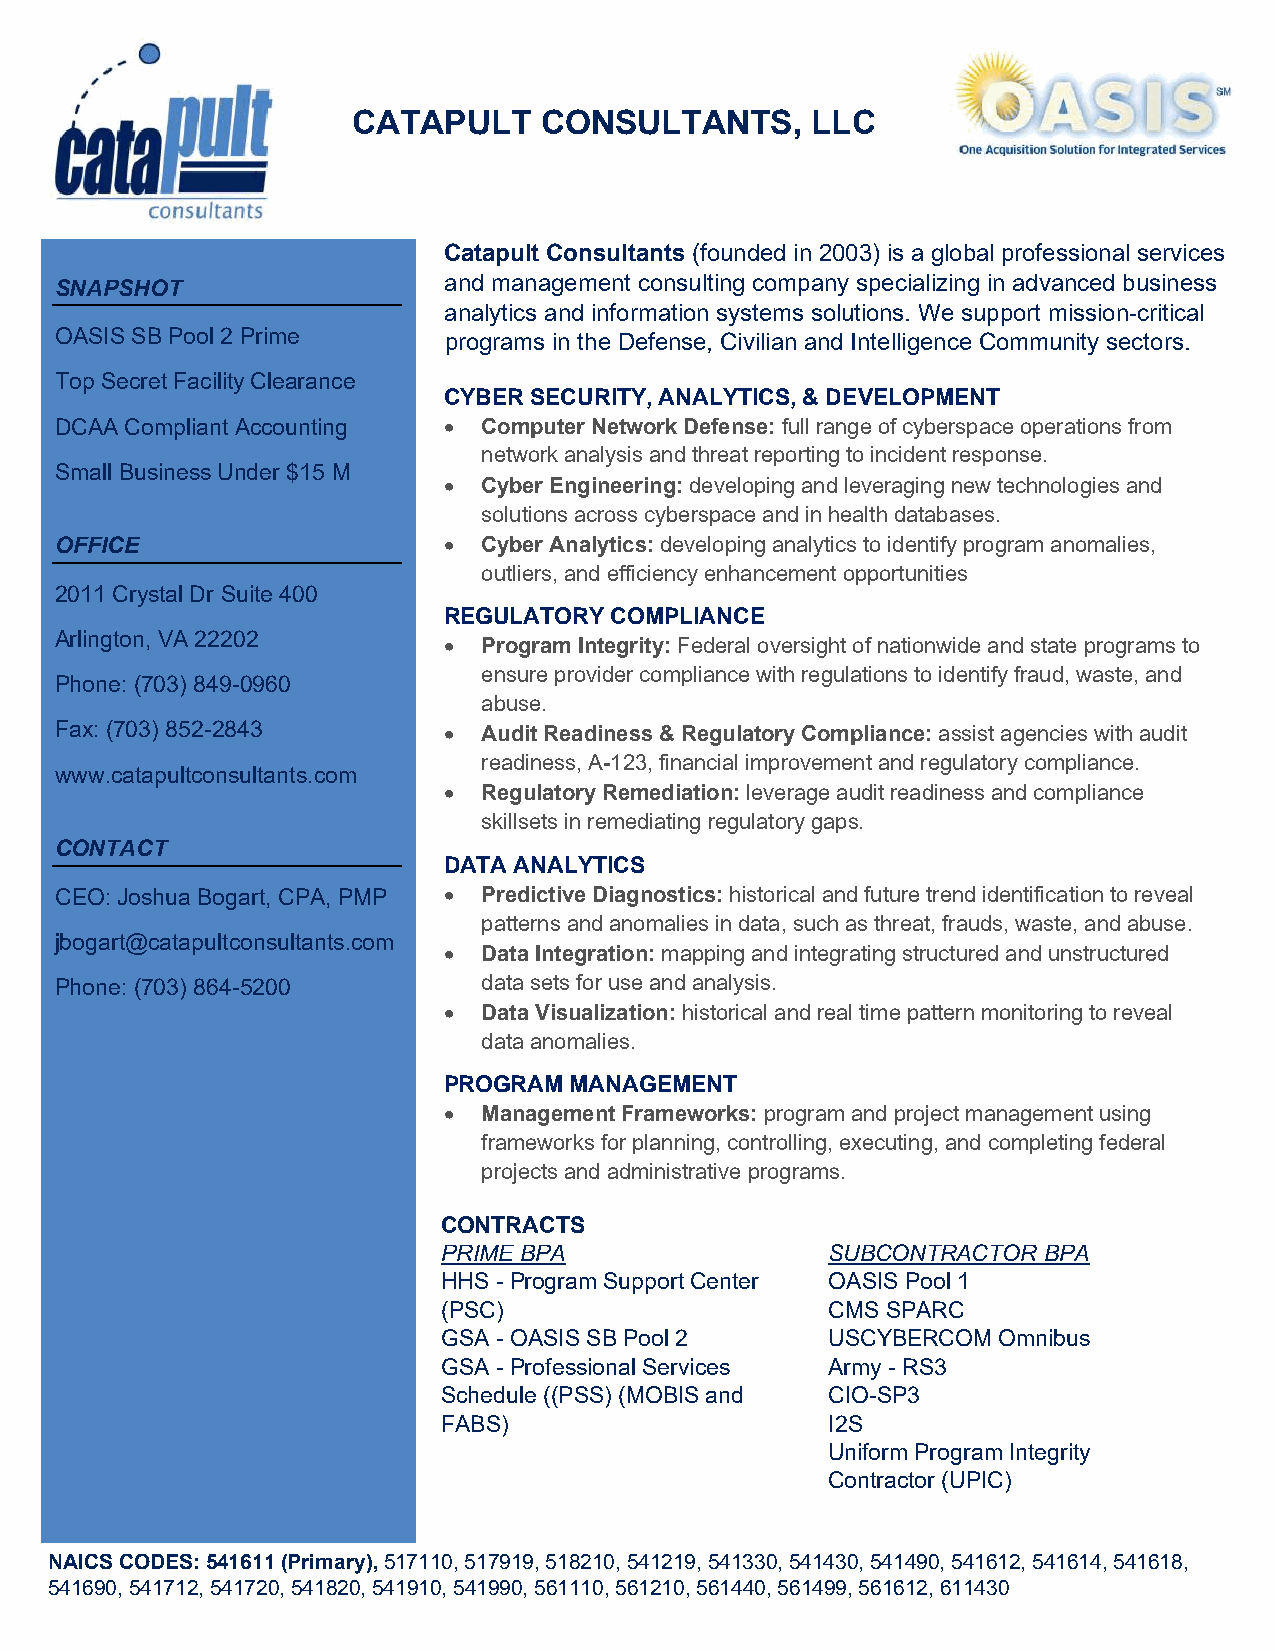
CATAPULT     CONSULTANTS,      LLC
 Catapult Consultants (founded in 2003) is a global professional services
 SNAPSHOT                 and management consulting company specializing in advanced business
 analytics and information systems solutions. We support mission-critical
 OASIS SB Pool 2 Prime    programs in the Defense, Civilian and Intelligence Community sectors.
 Top Secret Facility Clearance
 CYBER SECURITY, ANALYTICS, & DEVELOPMENT
 DCAA Compliant Accounting • Computer Network Defense: full range of cyberspace operations from
 network analysis and threat reporting to incident response.
 Small Business Under $15 M
 •  Cyber Engineering: developing and leveraging new technologies and
 solutions across cyberspace and in health databases.
 OFFICE                   •  Cyber Analytics: developing analytics to identify program anomalies,
 outliers, and efficiency enhancement opportunities
 2011 Crystal Dr Suite 400
 REGULATORY COMPLIANCE
 Arlington, VA 22202      •  Program Integrity: Federal oversight of nationwide and state programs to
 ensure provider compliance with regulations to identify fraud, waste, and
 Phone: (703) 849-0960
 abuse.
 Fax: (703) 852-2843      •  Audit Readiness & Regulatory Compliance: assist agencies with audit
 readiness, A-123, financial improvement and regulatory compliance.
 www.catapultconsultants.com
 •  Regulatory Remediation: leverage audit readiness and compliance
 skillsets in remediating regulatory gaps.
 CONTACT
 DATA ANALYTICS
 CEO: Joshua Bogart, CPA, PMP • Predictive Diagnostics: historical and future trend identification to reveal
 patterns and anomalies in data, such as threat, frauds, waste, and abuse.
 jbogart@catapultconsultants.com
 •  Data Integration: mapping and integrating structured and unstructured
 Phone: (703) 864-5200       data sets for use and analysis.
 •  Data Visualization: historical and real time pattern monitoring to reveal
 data anomalies.
 PROGRAM  MANAGEMENT
 •  Management Frameworks: program and project management using
 frameworks for planning, controlling, executing, and completing federal
 projects and administrative programs.
 CONTRACTS
 PRIME BPA                 SUBCONTRACTOR BPA
 HHS - Program Support Center OASIS Pool 1
 (PSC)                     CMS SPARC
 GSA - OASIS SB Pool 2     USCYBERCOM Omnibus
 GSA - Professional Services Army - RS3
 Schedule ((PSS) (MOBIS and CIO-SP3
 FABS)                     I2S
 Uniform Program Integrity
 Contractor (UPIC)
 NAICS CODES: 541611 (Primary), 517110, 517919, 518210, 541219, 541330, 541430, 541490, 541612, 541614, 541618,
 541690, 541712, 541720, 541820, 541910, 541990, 561110, 561210, 561440, 561499, 561612, 611430